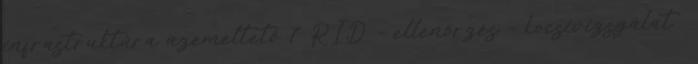
infrastruktúra üzemeltető 7 RID – ellenőrzés – kocsivizsgálat .